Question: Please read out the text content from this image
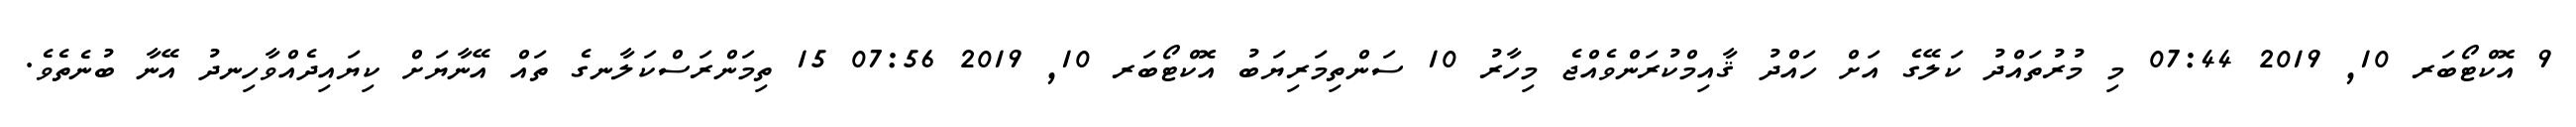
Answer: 9 އޮކްޓޯބަރ 10, 2019 07:44 މި މުރުތައްދު ކަލޭގެ އަށް ހައްދު ޤާއިމްކުރަންވެއްޖެ މިހާރު 10 ސަންތިމަރިޔަބު އޮކްޓޯބަރ 10, 2019 07:56 15 ތިމަންރަސްކަލާނގެ ތައް އޭނާޔަށް ކިޔައިދެއްވާހިނދު އޭނާ ބުނެތެވެ.